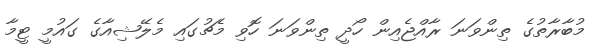
މުބާރާތުގެ ތިންވަނަ ރާއްޖެއިން ހޯދީ ތިންވަނަ ހޮވި މެޗުގައި މެލޭޝިއާގެ ގައުމީ ޓީމާ